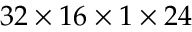
3 2 \times 1 6 \times 1 \times 2 4